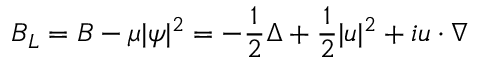
B _ { L } = B - \mu \lvert \psi \rvert ^ { 2 } = - \frac { 1 } { 2 } \Delta + \frac { 1 } { 2 } \lvert u \rvert ^ { 2 } + i u \cdot \nabla